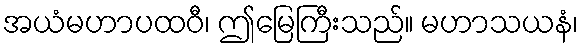
အယံမဟာပထဝီ၊ ဤမြေကြီးသည်။ မဟာသယနံ၊